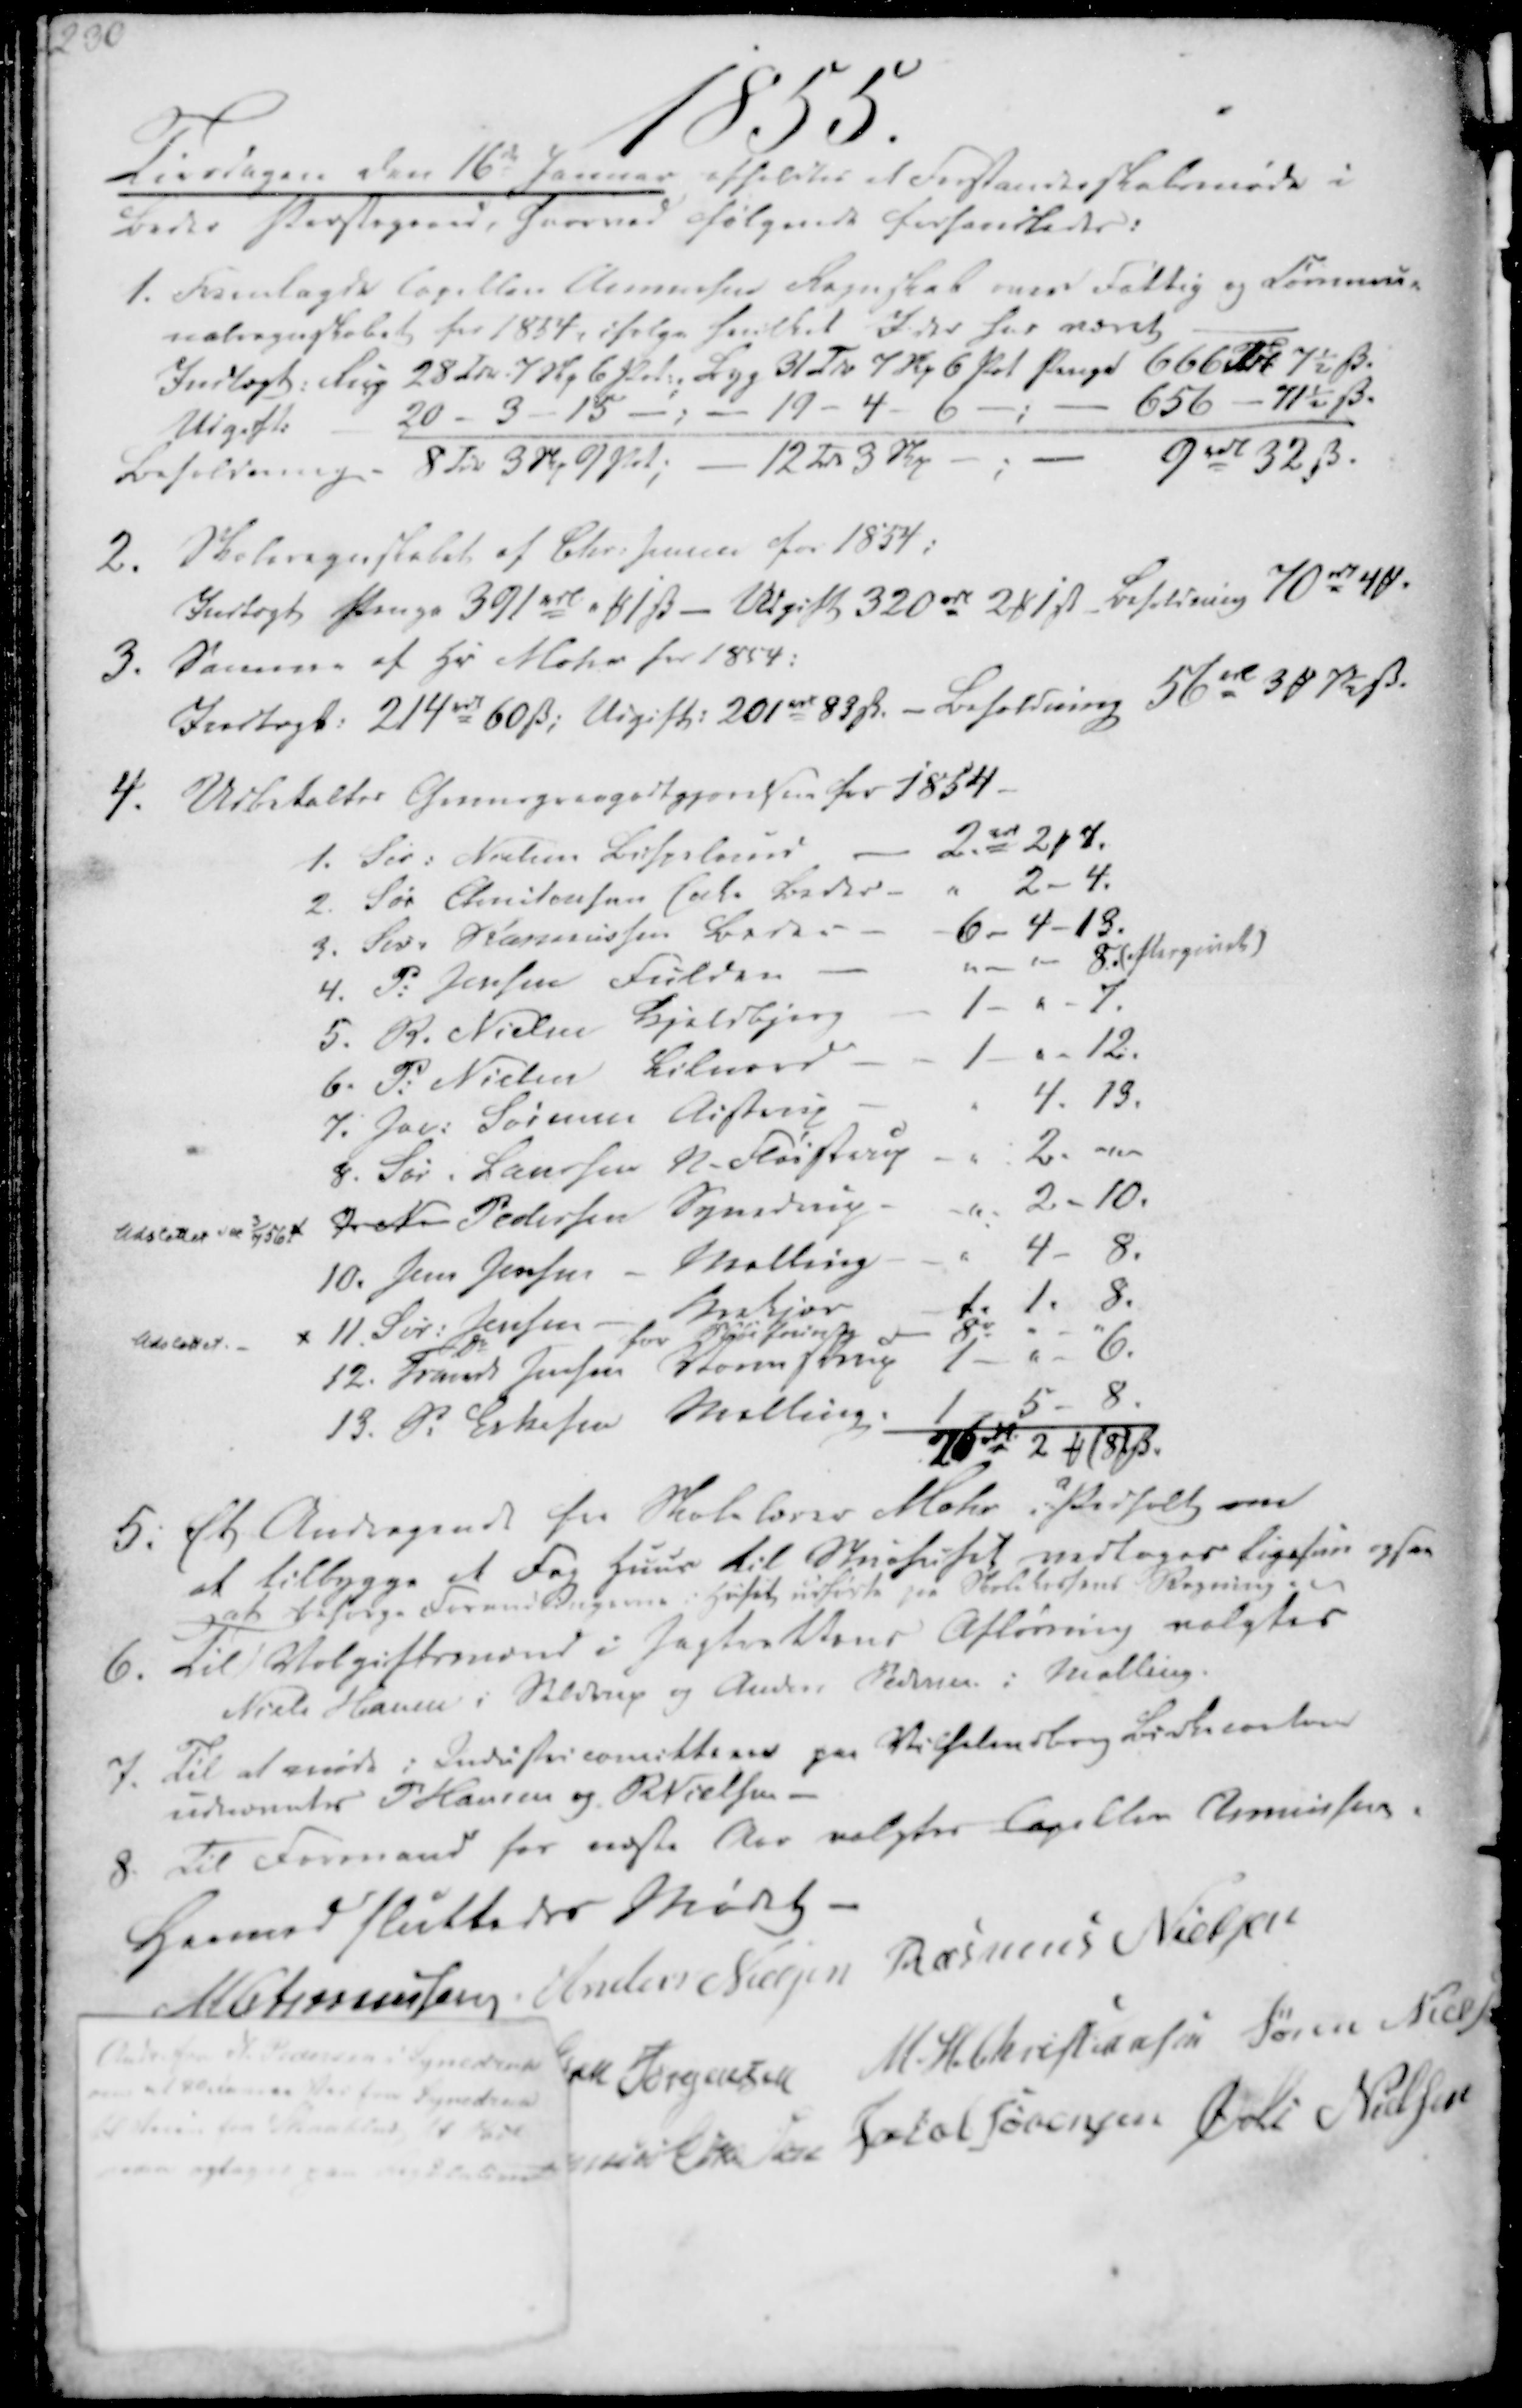
Transskription:
Andr fra N Pedersen i Synedrup
om at   fra Synedrup
til  fra Skaabling til Pøel
maa optages paa Regulativet